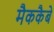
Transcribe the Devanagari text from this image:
मैककैबे